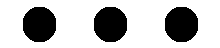
...